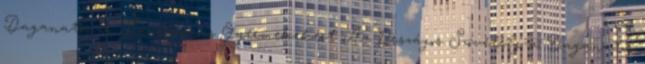
Daganatos és Leukémiás Gyermekekért Az Országos Szövetség a Daganatos